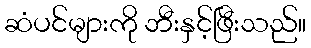
ဆံပင်များကို ဘီးနှင့်ဖြီးသည်။